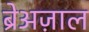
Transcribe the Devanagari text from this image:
ब्रेअज़ाल